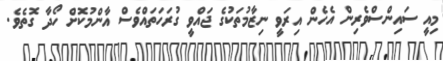
މިއީ ސައިންސްވެރިން އެހެން އިރަވީ ނިޒާމުތަކުގެ ޖައްވީ ގުރަހަތައްވެސް އާންމުކޮށް ހޯދާ ގޮތެވެ.